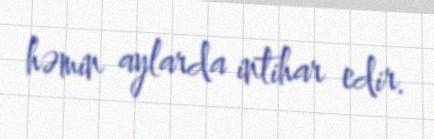
həmin aylarda intihar edir.